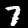
Label: 7